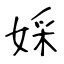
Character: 婇